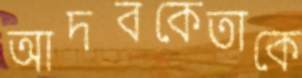
আদবকেতাকে